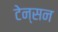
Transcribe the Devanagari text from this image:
टेन्सन